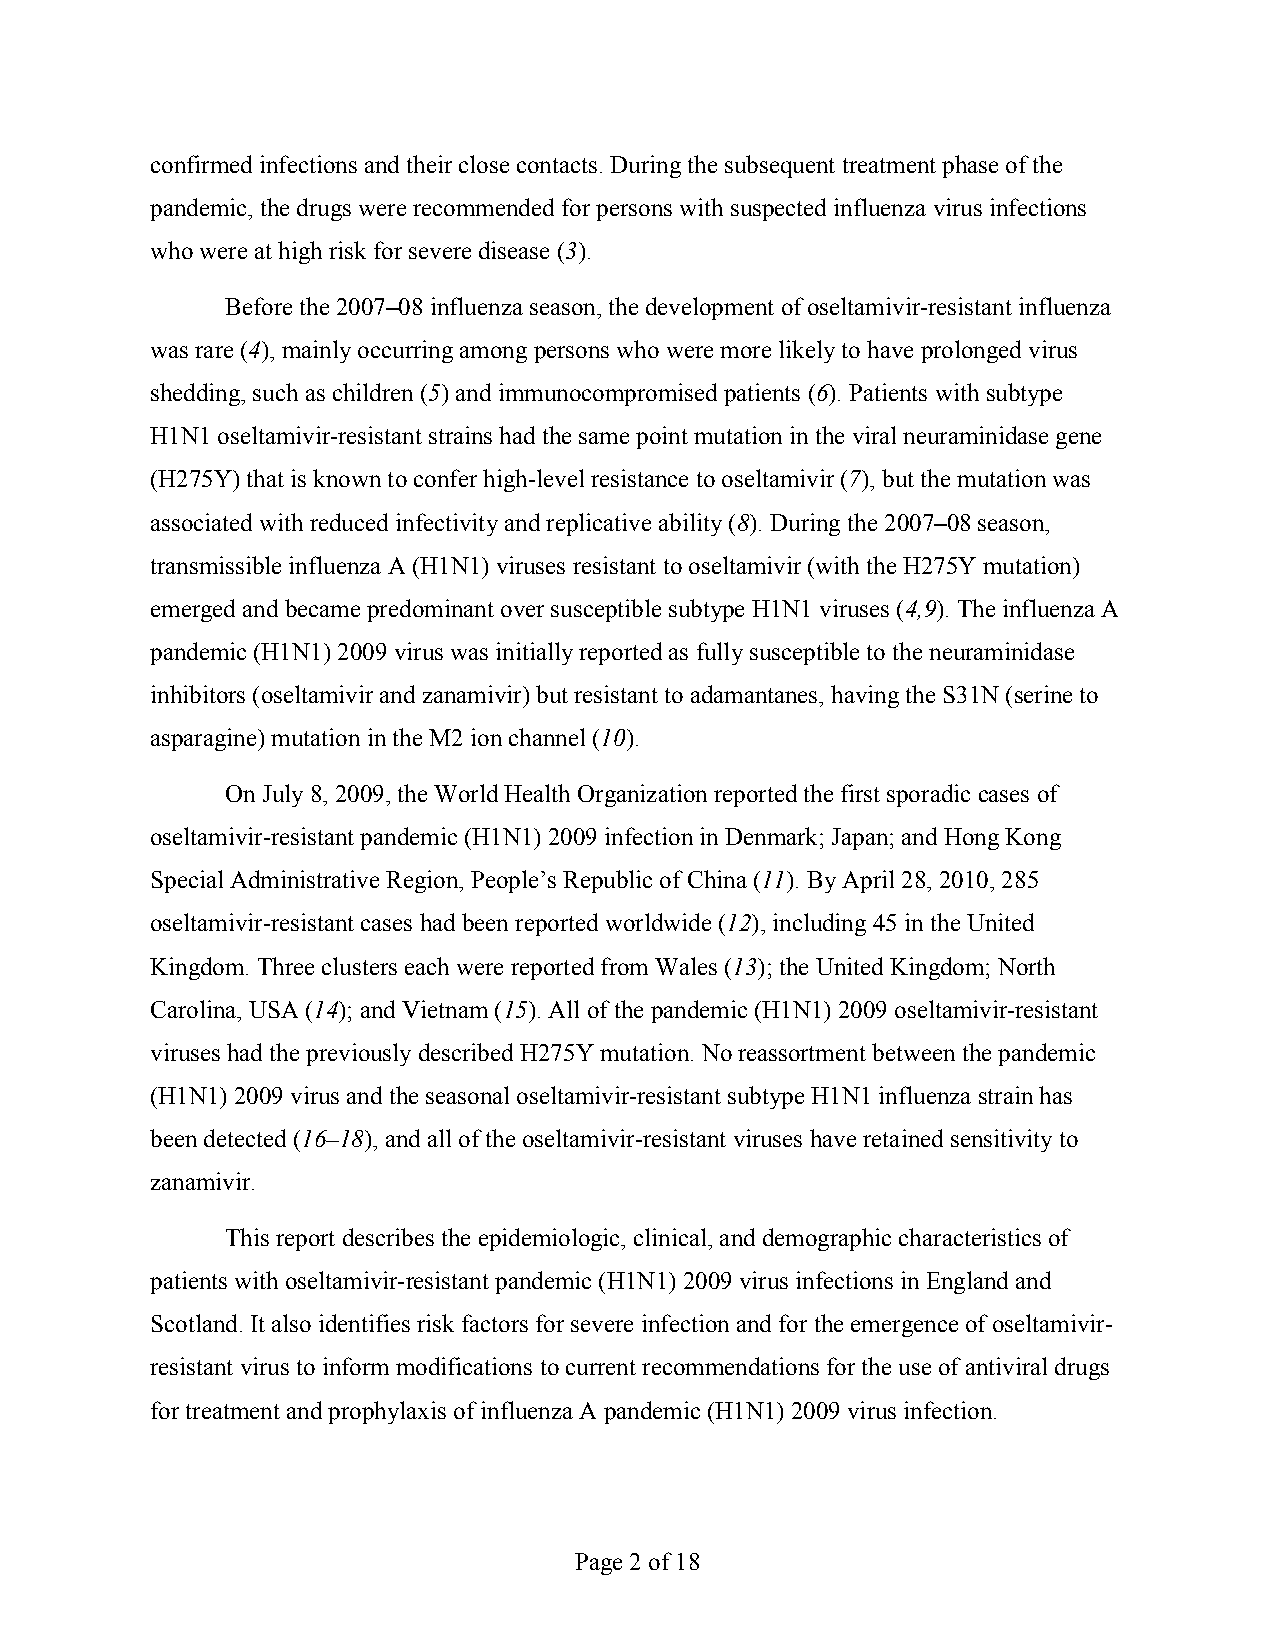
confirmed infections and their close contacts. During the subsequent treatment phase of the
 pandemic, the drugs were recommended for persons with suspected influenza virus infections
 who were at high risk for severe disease (3).
 Before the 2007–08 influenza season, the development of oseltamivir-resistant influenza
 was rare (4), mainly occurring among persons who were more likely to have prolonged virus
 shedding, such as children (5) and immunocompromised patients (6). Patients with subtype
 H1N1 oseltamivir-resistant strains had the same point mutation in the viral neuraminidase gene
 (H275Y) that is known to confer high-level resistance to oseltamivir (7), but the mutation was
 associated with reduced infectivity and replicative ability (8). During the 2007–08 season,
 transmissible influenza A (H1N1) viruses resistant to oseltamivir (with the H275Y mutation)
 emerged and became predominant over susceptible subtype H1N1 viruses (4,9). The influenza A
 pandemic (H1N1) 2009 virus was initially reported as fully susceptible to the neuraminidase
 inhibitors (oseltamivir and zanamivir) but resistant to adamantanes, having the S31N (serine to
 asparagine) mutation in the M2 ion channel (10).
 On July 8, 2009, the World Health Organization reported the first sporadic cases of
 oseltamivir-resistant pandemic (H1N1) 2009 infection in Denmark; Japan; and Hong Kong
 Special Administrative Region, People’s Republic of China (11). By April 28, 2010, 285
 oseltamivir-resistant cases had been reported worldwide (12), including 45 in the United
 Kingdom. Three clusters each were reported from Wales (13); the United Kingdom; North
 Carolina, USA (14); and Vietnam (15). All of the pandemic (H1N1) 2009 oseltamivir-resistant
 viruses had the previously described H275Y mutation. No reassortment between the pandemic
 (H1N1) 2009 virus and the seasonal oseltamivir-resistant subtype H1N1 influenza strain has
 been detected (16–18), and all of the oseltamivir-resistant viruses have retained sensitivity to
 zanamivir.
 This report describes the epidemiologic, clinical, and demographic characteristics of
 patients with oseltamivir-resistant pandemic (H1N1) 2009 virus infections in England and
 Scotland. It also identifies risk factors for severe infection and for the emergence of oseltamivir-
 resistant virus to inform modifications to current recommendations for the use of antiviral drugs
 for treatment and prophylaxis of influenza A pandemic (H1N1) 2009 virus infection.
 Page 2 of 18